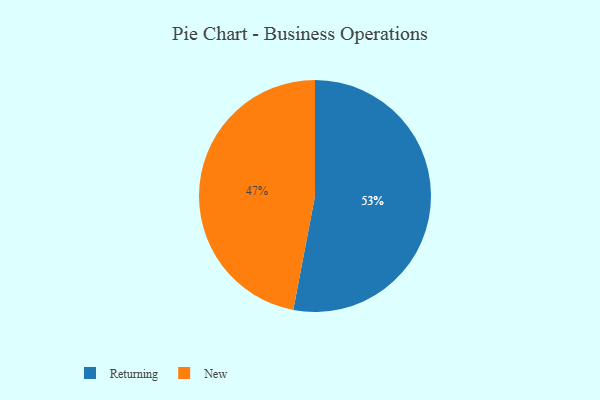
{"axis": {"x": "Category", "y": "Percentage"}, "legend": ["New", "Returning"], "data": [{"x": "New", "y": 47, "type": "New"}, {"x": "Returning", "y": 53, "type": "Returning"}]}